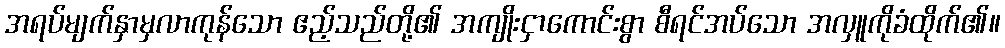
အရပ်မျက်နှာမှလာကုန်သော ဧည့်သည်တို့၏ အကျိုးငှာကောင်းစွာ စီရင်အပ်သော အလှူကိုခံထိုက်၏။